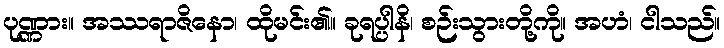
ပုဏ္ဏား။ အဿရာဇိနော၊ ထိုမင်း၏။ ခုရပ္ပါနိ၊ စဉ်းသွားတို့ကို။ အဟံ၊ ငါသည်။